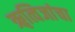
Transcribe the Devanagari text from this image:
ॠत्विजांचा